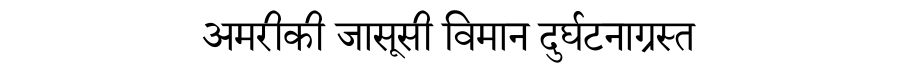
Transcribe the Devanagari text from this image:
अमरीकी जासूसी विमान दुर्घटनाग्रस्त